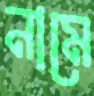
নামে